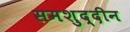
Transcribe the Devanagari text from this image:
समशुद्दीन